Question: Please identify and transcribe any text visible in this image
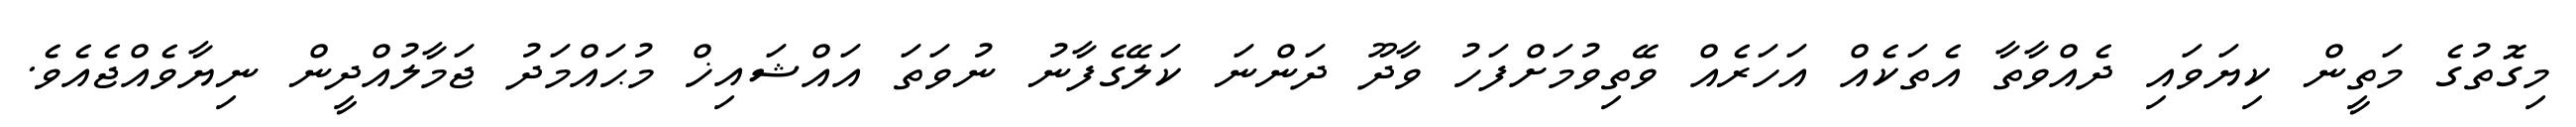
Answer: މިގޮތުގެ މަތީން ކިޔަވައި ދެއްވާތާ އެތަކެއް އަހަރެއް ވޭތިވުމަށްފަހު ވާދޫ ދަންނަ ކަލޭގެފާނު ނުވަތަ އައްޝައިޚް މުޙައްމަދު ޖަމާލުއްދީން ނިޔާވެއްޖެއެވެ.